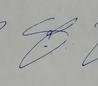
Signature authenticity: genuine